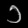
Digit: ၁